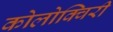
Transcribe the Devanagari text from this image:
कोलोक्विरी